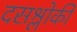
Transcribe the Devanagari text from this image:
दसश्लोकी